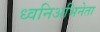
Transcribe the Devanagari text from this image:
ध्वनिअभिनेता